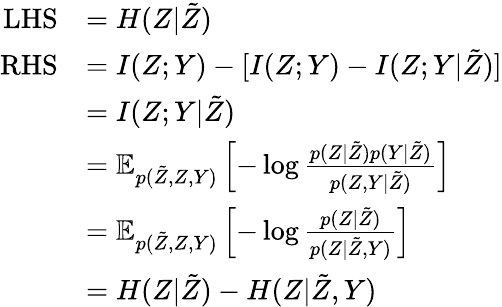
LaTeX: \begin{array}{rl}{\mathrm{LHS}}&{=H(Z|\tilde{Z})}\\ {\mathrm{RHS}}&{=I(Z;Y)-[I(Z;Y)-I(Z;Y|\tilde{Z})]}\\ &{=I(Z;Y|\tilde{Z})}\\ &{=\mathbb{E}_{p(\tilde{Z},Z,Y)}\left[-\log\frac{p(Z|\tilde{Z})p(Y|\tilde{Z})}{p(Z,Y|\tilde{Z})}\right]}\\ &{=\mathbb{E}_{p(\tilde{Z},Z,Y)}\left[-\log\frac{p(Z|\tilde{Z})}{p(Z|\tilde{Z},Y)}\right]}\\ &{=H(Z|\tilde{Z})-H(Z|\tilde{Z},Y)}\end{array}